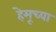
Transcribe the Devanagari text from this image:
हेमूच्या